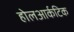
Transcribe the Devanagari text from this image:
होलआर्कटिक